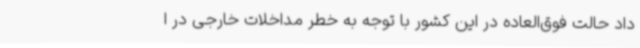
داد حالت فوق‌العاده در این کشور با توجه به خطر مداخلات خارجی در ا